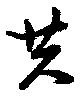
共